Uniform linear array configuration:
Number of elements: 16
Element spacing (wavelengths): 0.5
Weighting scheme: blackman
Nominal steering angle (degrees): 45
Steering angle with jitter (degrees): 43.95
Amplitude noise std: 0.05
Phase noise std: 0.05

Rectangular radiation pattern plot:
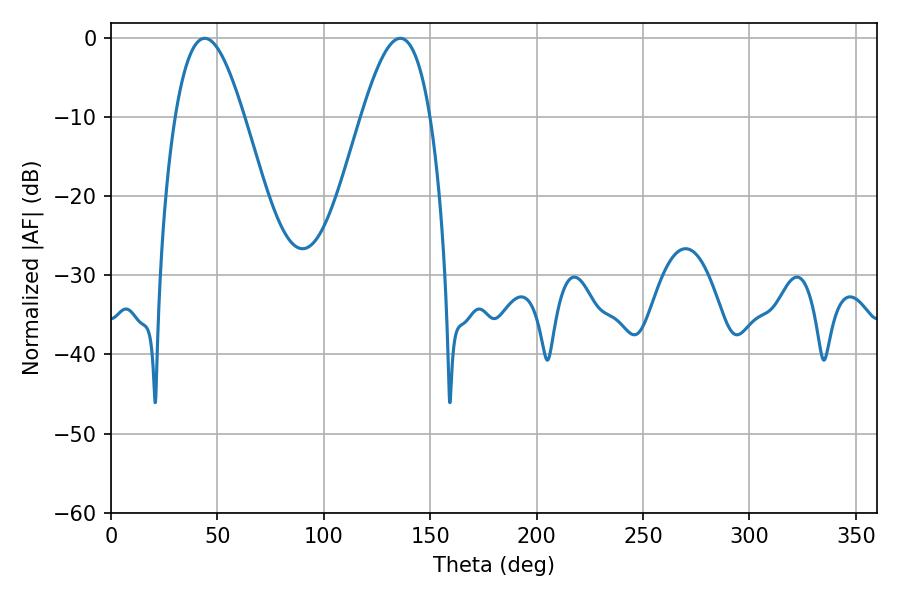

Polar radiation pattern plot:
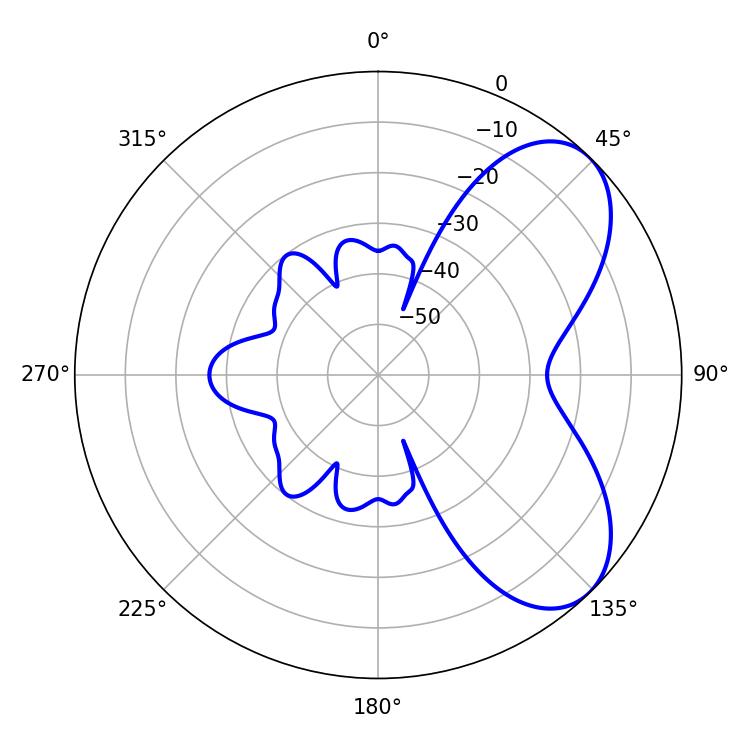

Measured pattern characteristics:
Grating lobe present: FALSE
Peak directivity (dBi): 6.282
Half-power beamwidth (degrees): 17.46
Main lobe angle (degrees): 44.1